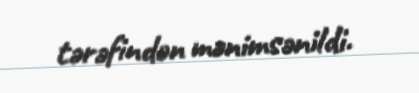
tərəfindən mənimsənildi.